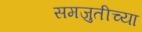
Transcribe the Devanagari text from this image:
समजुतीच्या